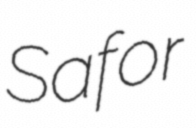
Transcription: Safor